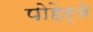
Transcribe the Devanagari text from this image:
पोहेर्जे